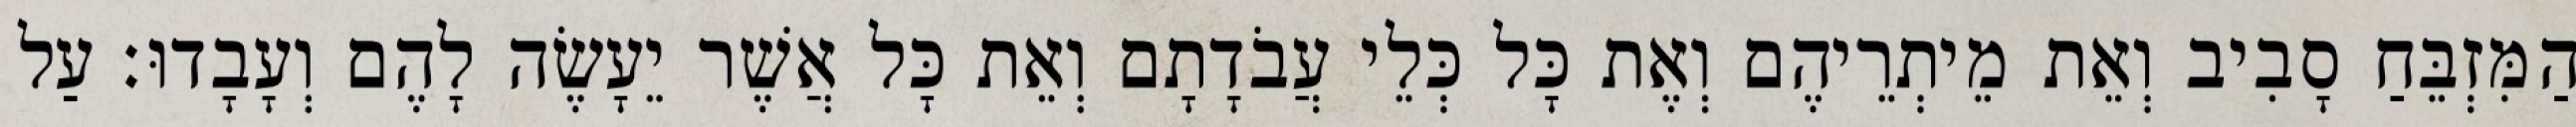
הַמִּזְבֵּחַ סָבִיב וְאֵת מֵיתְרֵיהֶם וְאֶת כָּל כְּלֵי עֲבֹדָתָם וְאֵת כָּל אֲשֶׁר יֵעָשֶׂה לָהֶם וְעָבָדוּ׃ עַל